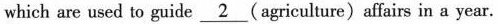
which are used to guide \underline{2} (agriculture)affairs in a year.